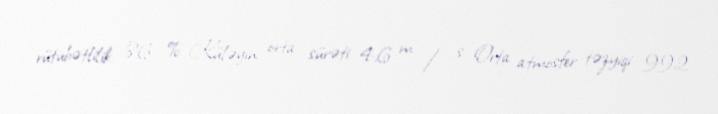
rütubətlilik: 86 % Küləyin orta sürəti: 4,6 m / s Orta atmosfer təzyiqi: 992